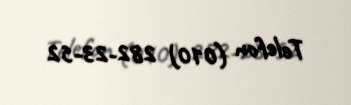
Telefon (010) 282-23-52